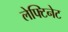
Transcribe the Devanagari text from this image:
लेफ्टिनेट